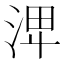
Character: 𣴪